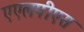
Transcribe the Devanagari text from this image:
एएलपीएस